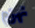
نهزم